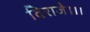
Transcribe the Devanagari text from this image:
विराजे।।।